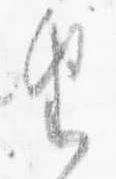
由